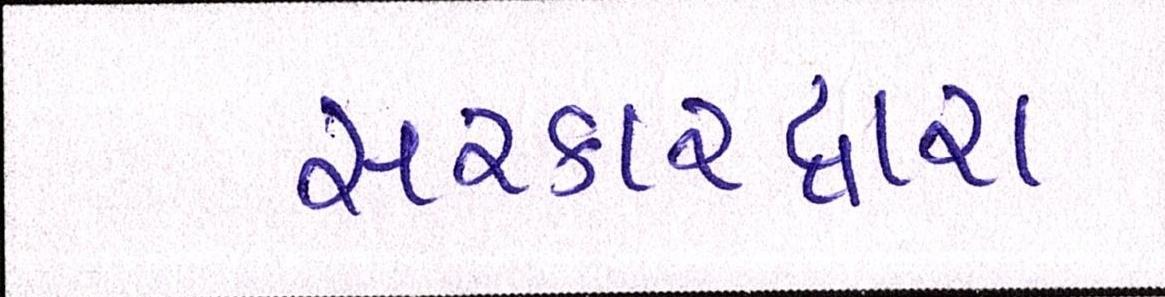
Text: સરકારદ્વારા